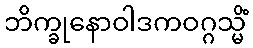
ဘိက္ခုနောဝါဒကဝဂ္ဂသ္မိံ